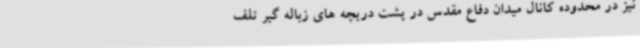
نیز در محدوده کانال میدان دفاع مقدس در پشت دریچه های زباله گیر تلف